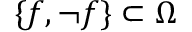
\{ f , \lnot f \} \subset \Omega